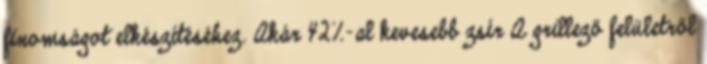
finomságot elkészítéséhez. Akár 42%-al kevesebb zsír A grillező felületről